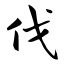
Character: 伐